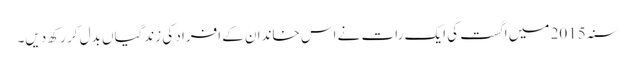
سنہ 2015 میں اگست کی ایک رات نے اس خاندان کے افراد کی زندگیاں بدل کر رکھ دیں۔